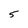
Character: 5